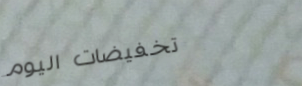
تخفيضات اليوم